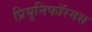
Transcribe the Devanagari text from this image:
प्रियुनिफॉरमस